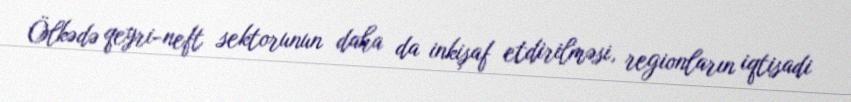
Ölkədə qeyri-neft sektorunun daha da inkişaf etdirilməsi, regionların iqtisadi